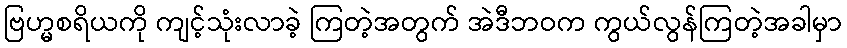
ဗြဟ္မစရိယကို ကျင့်သုံးလာခဲ့ ကြတဲ့အတွက် အဲဒီဘဝက ကွယ်လွန်ကြတဲ့အခါမှာ